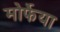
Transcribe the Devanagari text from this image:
मोर्फेया